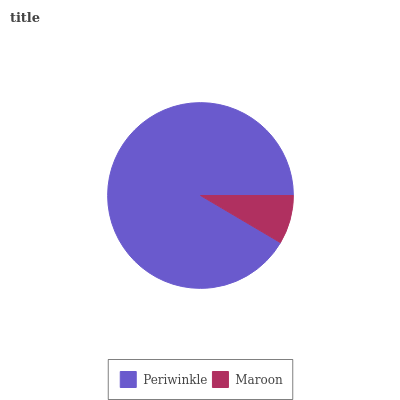
| Periwinkle | Maroon |
 | --- | --- |
 | 91.5% | 8.48% |